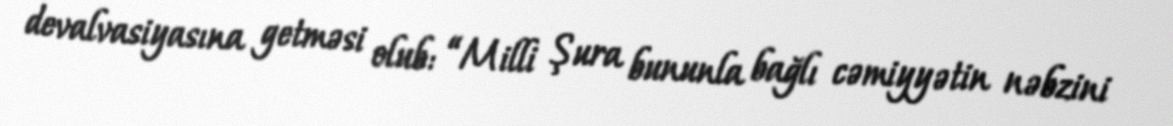
devalvasiyasına getməsi olub: “Milli Şura bununla bağlı cəmiyyətin nəbzini